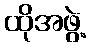
ထိုအဖွဲ့